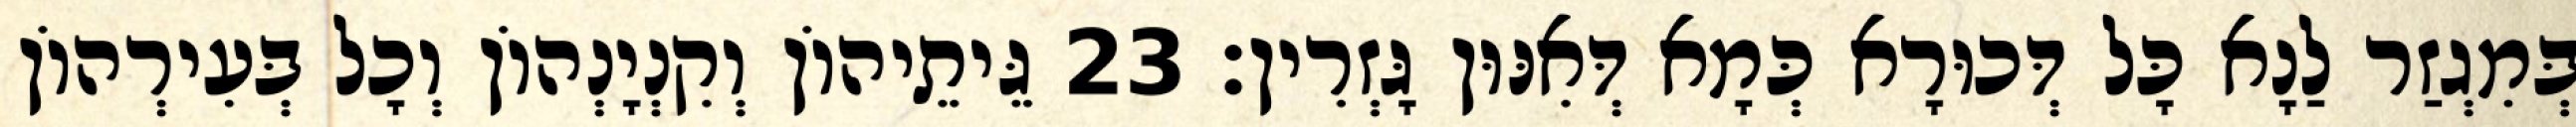
בְּמִגְזַר לַנָא כָּל דְּכוּרָא כְּמָא דְּאִנּוּן גָּזְרִין׃ 23 גֵּיתֵיהוֹן וְקִנְיָנְהוֹן וְכָל בְּעִירְהוֹן